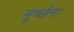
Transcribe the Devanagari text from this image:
मूर्च्छना